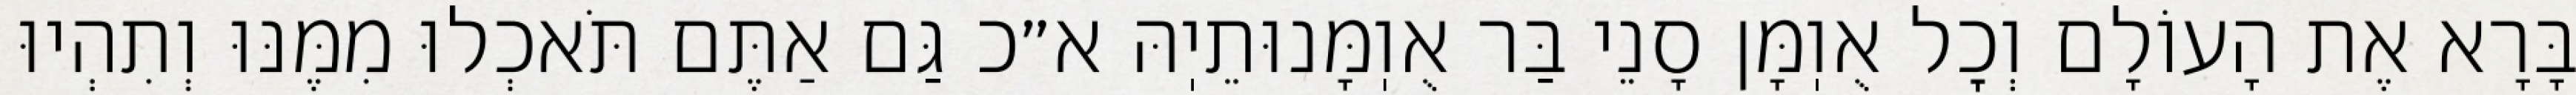
בָּרָא אֶת הָעוֹלָם וְכׇל אֻוֽמָּן סָנֵי בַּר אֻוֽמָּנוּתֵיֽהּ א״כ גַּם אַתֶּם תֹּאכְלוּ מִמֶּנּוּ וְתִהְיוּ